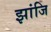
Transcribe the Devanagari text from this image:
झांजि